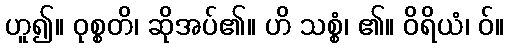
ဟူ၍။ ဝုစ္စတိ၊ ဆိုအပ်၏။ ဟိ သစ္စံ၊ ၏။ ဝိရိယံ၊ ဝ်။